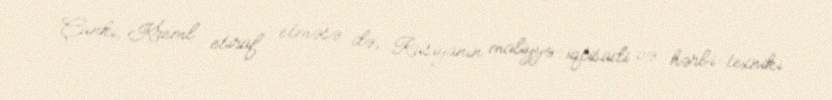
Çünki, Kreml etiraf etməsə də, Rusiyanın maliyyə-iqtisadi və hərbi-texniki